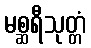
မစ္ဆရီသုတ္တံ